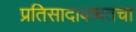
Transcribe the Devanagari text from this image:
प्रतिसादाबाबतचा